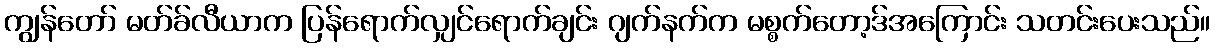
ကျွန်တော် မတ်ခ်လီယာက ပြန်ရောက်လျှင်ရောက်ချင်း ဂျက်နက်က မစ္စက်တော့ဒ်အကြောင်း သတင်းပေးသည်။